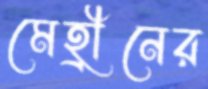
মেহ্রীনের